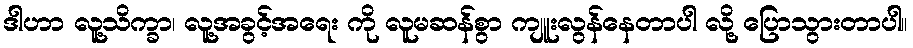
ဒါဟာ လူ့သိက္ခာ၊ လူ့အခွင့်အရေး ကို လူမဆန်စွာ ကျူးလွန်နေတာပါ လို့ ပြောသွားတာပါ။